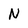
Character: N